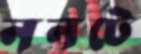
ননটে